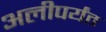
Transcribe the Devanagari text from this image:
अलीपर्यंत